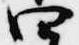
四